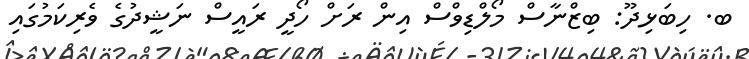
ބ. ހިބަޅިދޫ: ބިޒްނާސް މޯލްޑިވްސް އިން ރަށް ހޯދީ ރައީސް ނަޝީދުގެ ވެރިކަމުގައި